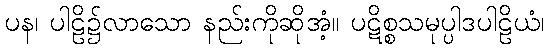
ပန၊ ပါဠိ၌လာသော နည်းကိုဆိုအံ့။ ပဋိစ္စသမုပ္ပါဒပါဠိယံ၊